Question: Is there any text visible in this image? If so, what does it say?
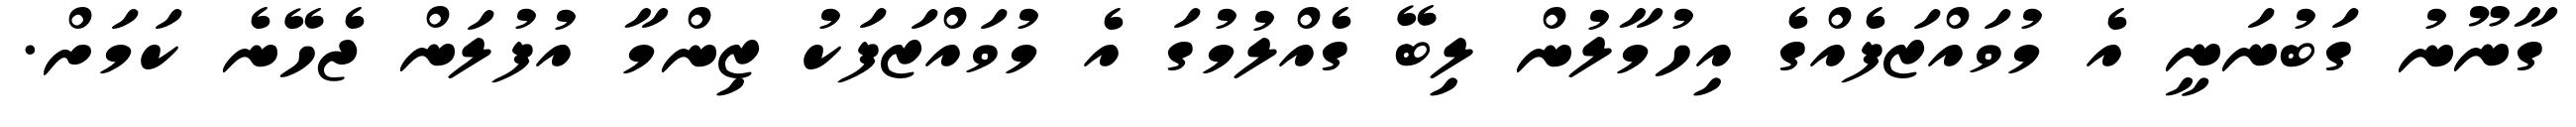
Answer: ގާނޫނު ގަބުނަނީ އެ މުވައްޒަފެއްގެ އިހުމާލުން ލިބޭ ގެއްލުމުގަ އެ މުވައްޒަފަކު ޒިންމާ އުފުލަން ޖެހޭނެ ކަމަށް.